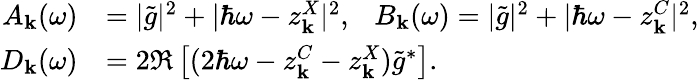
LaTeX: \begin{array}{rl}{A_{\mathbf k}(\omega)}&{=|\tilde{g}|^{2}+|\hbar\omega-z_{\mathbf k}^{X}|^{2},~~~B_{\mathbf k}(\omega)=|\tilde{g}|^{2}+|\hbar\omega-z_{\mathbf k}^{C}|^{2},}\\ {D_{\mathbf k}(\omega)}&{=2\Re\left[(2\hbar\omega-z_{\mathbf k}^{C}-z_{\mathbf k}^{X})\tilde{g}^{*}\right].}\end{array}